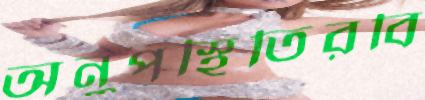
অনুপস্থিতিরবি